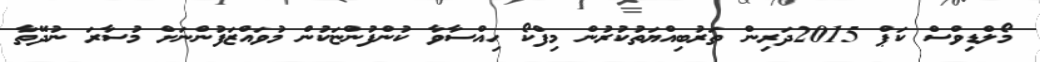
މޯލްޑިވްސް ކަޕް 2015ދަރިން ތަރުބިއްޔަތުކުރުން މިފްކޯ ހިއްސާވާ ކުންފުންޏަކުން މުވައްޒަފުންނަށް މުސާރަ ނުދޭތާ